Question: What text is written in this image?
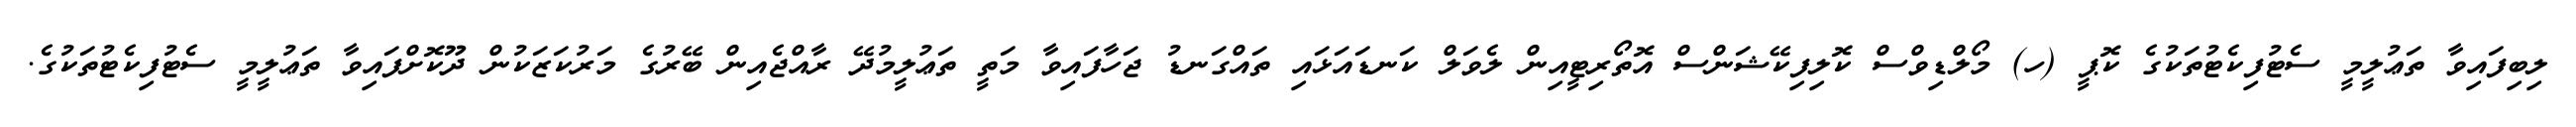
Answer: ލިބިފައިވާ ތަޢުލީމީ ސެޓުފިކެޓުތަކުގެ ކޮޕީ (ހ) މޯލްޑިވްސް ކޮލިފިކޭޝަންސް އޮތޯރިޓީއިން ލެވަލް ކަނޑައަޅައި ތައްގަނޑު ޖަހާފައިވާ މަތީ ތަޢުލީމުދޭ ރާއްޖެއިން ބޭރުގެ މަރުކަޒަކުން ދޫކޮށްފައިވާ ތަޢުލީމީ ސެޓުފިކެޓުތަކުގެ.